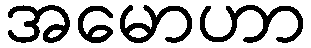
အမောဟာ